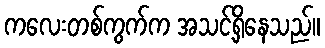
ကလေးတစ်ကွက်က အသင့်ရှိနေသည်။